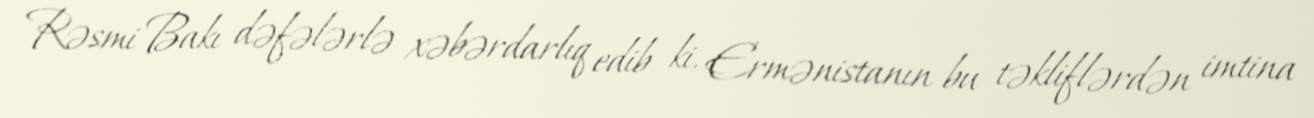
Rəsmi Bakı dəfələrlə xəbərdarlıq edib ki, Ermənistanın bu təkliflərdən imtina